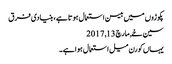
پکوڑوں میں بیسن استعمال ہوتا ہے، بنیادی فرق
سین خے, ‏مارچ 13, 2017
یہاں کورن میل استعمال ہوا ہے۔